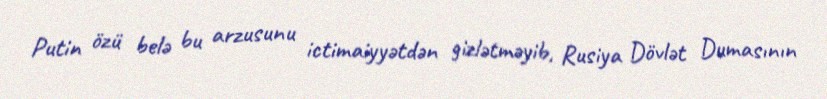
Putin özü belə bu arzusunu ictimaiyyətdən gizlətməyib, Rusiya Dövlət Dumasının